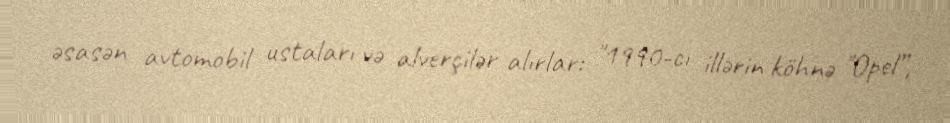
əsasən avtomobil ustaları və alverçilər alırlar: "1990-cı illərin köhnə "Opel”,